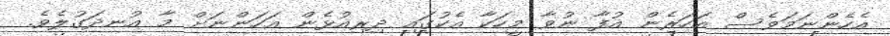
އެހެންނަމަވެސް އަހަރެން އުފާ ނުވާ މީހަކާ އެކުގައި ދިރިއުޅެން އަހަންނަށް މާ އުނދަގުލެވެ.